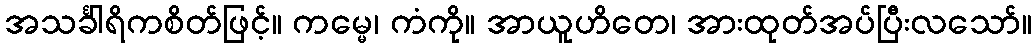
အသင်္ခါရိကစိတ်ဖြင့်။ ကမ္မေ၊ ကံကို။ အာယူဟိတေ၊ အားထုတ်အပ်ပြီးလသော်။